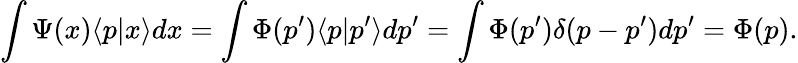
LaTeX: \int\Psi(x)\langle p|x\rangle dx=\int\Phi(p^{\prime})\langle p|p^{\prime}\rangle dp^{\prime}=\int\Phi(p^{\prime})\delta(p-p^{\prime})dp^{\prime}=\Phi(p).